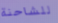
للشاحنة